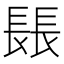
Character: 𨲍